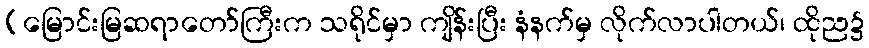
(မြောင်းမြဆရာတော်ကြီးက သရိုင်မှာ ကျိန်းပြီး နံနက်မှ လိုက်လာပါတယ်၊ ထိုည၌